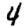
Digit: 4